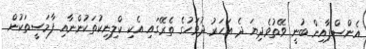
އެންސްޕާއިން ބުނީ ވޭތުވެދިޔަ ދެ އަހަރު ދުވަހުގެ ތެރޭގައި އެކި ކްލިނިކުތަކުންނާއި ފާމަސީތަކުން